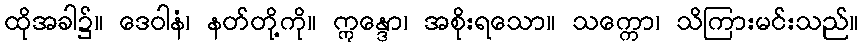
ထိုအခါ၌။ ဒေဝါနံ၊ နတ်တို့ကို။ ဣန္ဒော၊ အစိုးရသော။ သက္ကော၊ သိကြားမင်းသည်။